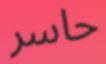
حاسر